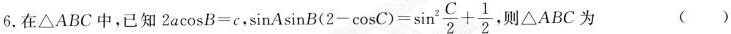
6.在 △ ABC中，已知$$2 a \cos B = c$$，$$\sin A \sin B ( 2 - \cos C )= \sin ^ { 2 } \frac { C } { 2 } + \frac { 1 } { 2 }$$ 则△ ABC为 ( )